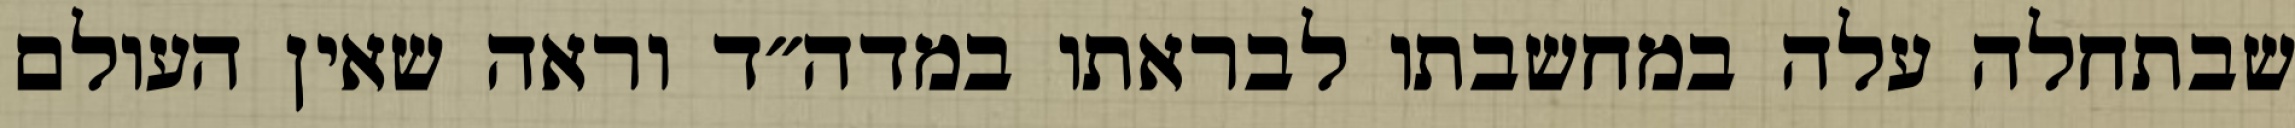
שבתחלה עלה במחשבתו לבראתו במדה״ד וראה שאין העולם